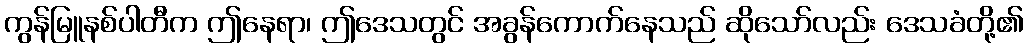
ကွန်မြူနစ်ပါတီက ဤနေရာ၊ ဤဒေသတွင် အခွန်ကောက်နေသည် ဆိုသော်လည်း ဒေသခံတို့၏